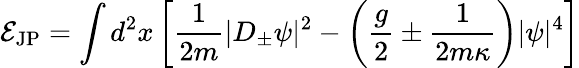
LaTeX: {\cal E}_{\mathrm{JP}}=\int d^{2}x\left[\frac{1}{2m}|D_{\pm}\psi|^{2}-\left(\frac{g}{2}\pm\frac{1}{2m\kappa}\right)|\psi|^{4}\right]